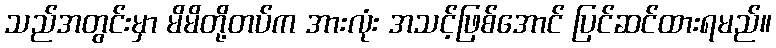
သည်အတွင်းမှာ မိမိတို့တပ်က အားလုံး အသင့်ဖြစ်အောင် ပြင်ဆင်ထားရမည်။